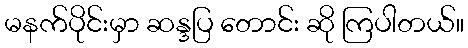
မနက်ပိုင်းမှာ ဆန္ဒပြ တောင်း ဆို ကြပါတယ်။